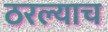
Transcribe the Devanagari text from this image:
ठरल्याच